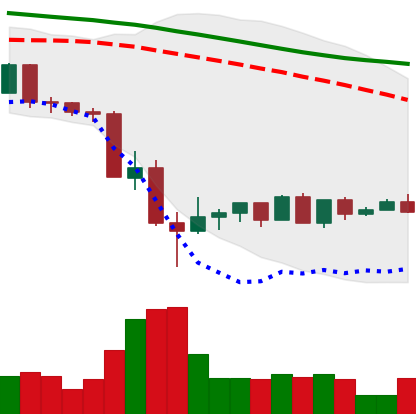
Ticker: LTC-USD
Chart end date: 2022-05-23
Forward return: -9.708%
Label: down_7plus